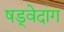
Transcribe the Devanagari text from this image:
षड्वेदांग